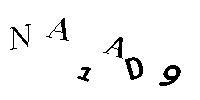
NA1AD9